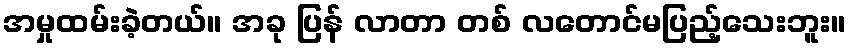
အမှုထမ်းခဲ့တယ်။ အခု ပြန် လာတာ တစ် လတောင်မပြည့်သေးဘူး။